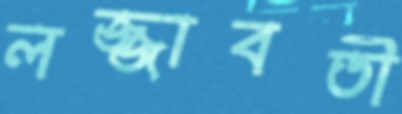
লজ্জাবতী